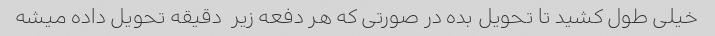
خیلی طول کشید تا تحویل بده در صورتی که هر دفعه زیر  دقیقه تحویل داده میشه